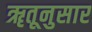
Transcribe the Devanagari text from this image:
ॠतूनुसार